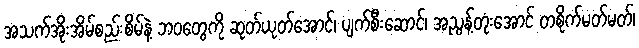
အသက်အိုးအိမ်စည်းစိမ်နဲ့ ဘဝတွေကို ဆုတ်ယုတ်အောင်၊ ပျက်စီးဆောင်၊ အညွန့်တုံးအောင် တစိုက်မတ်မတ်၊